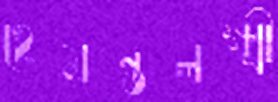
হেমন্তলক্ষ্মী